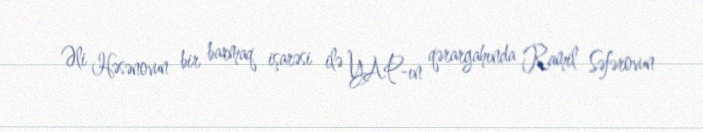
Əli Həsənovun bir barmaq işarəsi ilə YAP-ın qərargahında Ramil Səfərovun